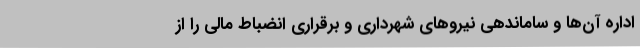
اداره آن‌ها و ساماندهی نیروهای شهرداری و برقراری انضباط مالی را از